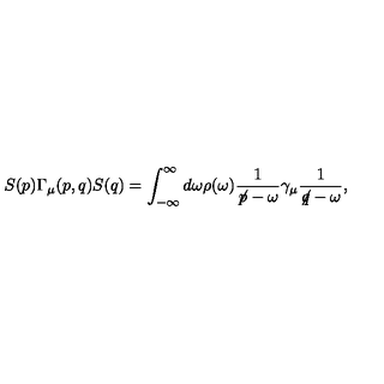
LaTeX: S ( p ) \Gamma _ { \mu } ( p , q ) S ( q ) = \int _ { - \infty } ^ { \infty } d \omega \rho ( \omega ) \frac { 1 } { \not \! p - \omega } \gamma _ { \mu } \frac { 1 } { \not \! q - \omega } ,